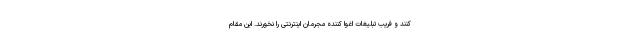
کنند و فریب تبلیغات اغوا کننده مجرمان اینترنتی را نخورند. این مقام